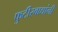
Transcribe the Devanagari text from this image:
फुटीरवाद्यांनी